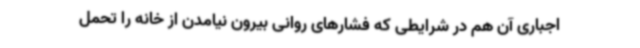
اجباری آن هم در شرایطی که فشارهای روانی بیرون نیامدن از خانه را تحمل